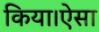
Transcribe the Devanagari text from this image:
किया।ऐसा